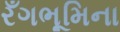
રઁગભૂમિના